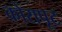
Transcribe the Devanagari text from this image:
कोरापूट